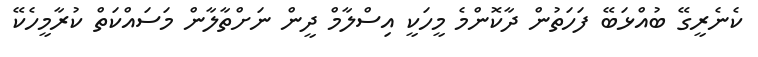
ކެނެރީގޭ ބުއްޅަބޭ ފަހަތުން ދާކޮންމެ މީހަކީ އިސްލާމް ދީން ނަށްތާލާން މަސައްކަތް ކުރާމީހެކޭ